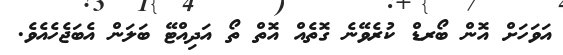
އަވަހަށް އޮން ބޯރޑް ކުރެވޭނެ ގޮތެއް އޮތް ތޯ އަދިއްޓޭ ބަލަން އެބަޖެެހެއެވެ.